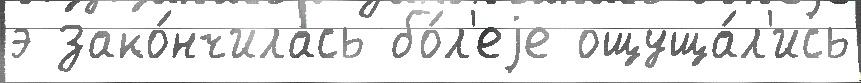
э зако́нчилась бо́л'еjе ощуща́л'ись